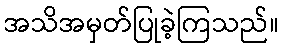
အသိအမှတ်ပြုခဲ့ကြသည်။